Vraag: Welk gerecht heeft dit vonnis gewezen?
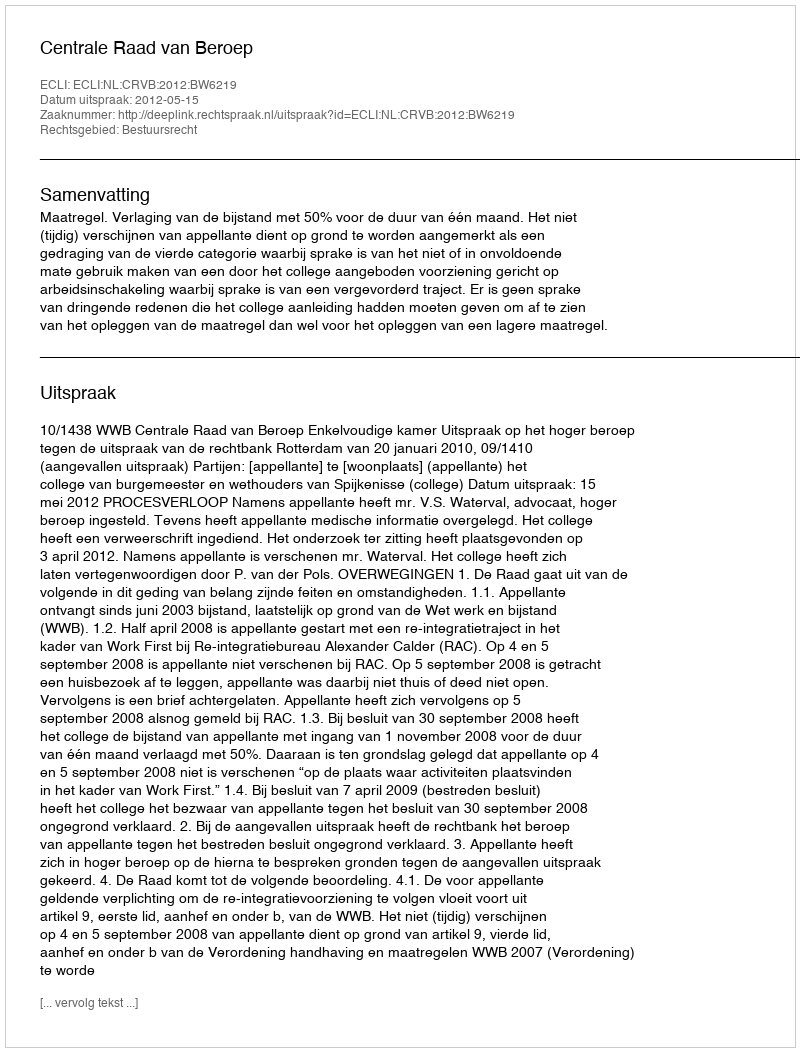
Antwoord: Centrale Raad van Beroep